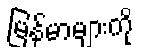
မြန်မာများကို